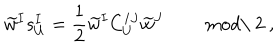
\widetilde { w } ^ { I } s _ { U } ^ { I } = \frac { 1 } { 2 } \widetilde { w } ^ { I } C _ { U } ^ { I J } \widetilde { w } ^ { J } \ \qquad \mathrm { m o d \ 2 } \ ,